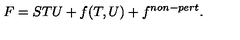
F = S T U + f ( T , U ) + f ^ { n o n - p e r t } .